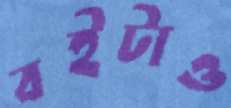
বইটাও